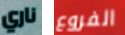
ناري الفروع